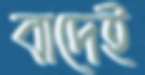
বাদেই